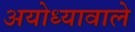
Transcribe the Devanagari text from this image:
अयोध्यावाले